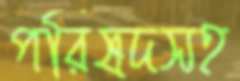
পরিষদসহ